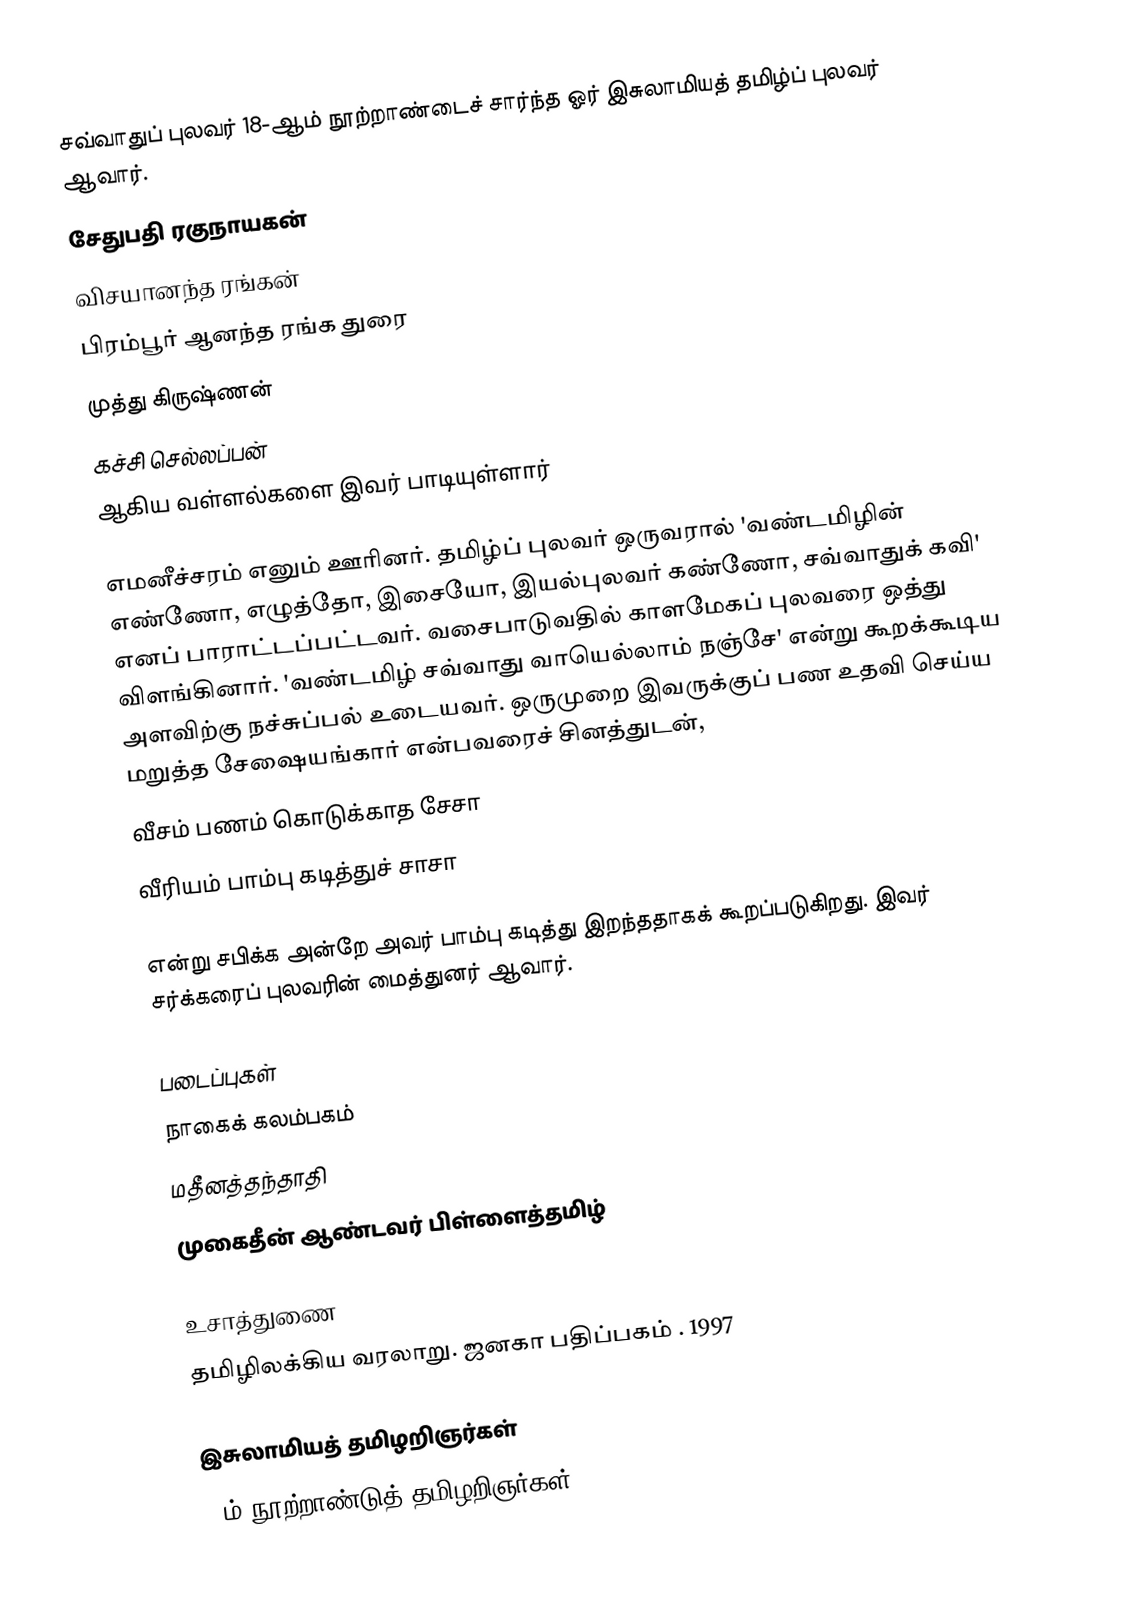
சவ்வாதுப் புலவர் 18-ஆம் நூற்றாண்டைச் சார்ந்த  ஓர் இசுலாமியத் தமிழ்ப் புலவர் ஆவார்.
 சேதுபதி ரகுநாயகன்
 விசயானந்த ரங்கன்
 பிரம்பூர் ஆனந்த ரங்க துரை
 முத்து கிருஷ்ணன்
 கச்சி செல்லப்பன்
ஆகிய வள்ளல்களை இவர் பாடியுள்ளார்

எமனீச்சரம் எனும் ஊரினர். தமிழ்ப் புலவர் ஒருவரால் 'வண்டமிழின் எண்ணோ, எழுத்தோ, இசையோ, இயல்புலவர் கண்ணோ, சவ்வாதுக் கவி' எனப் பாராட்டப்பட்டவர். வசைபாடுவதில் காளமேகப் புலவரை ஒத்து விளங்கினார். 'வண்டமிழ் சவ்வாது வாயெல்லாம் நஞ்சே' என்று கூறக்கூடிய அளவிற்கு நச்சுப்பல் உடையவர். ஒருமுறை இவருக்குப் பண உதவி செய்ய மறுத்த சேஷையங்கார் என்பவரைச் சினத்துடன்,
 வீசம் பணம் கொடுக்காத சேசா
 வீரியம் பாம்பு கடித்துச் சாசா

என்று சபிக்க அன்றே அவர் பாம்பு கடித்து இறந்ததாகக் கூறப்படுகிறது. இவர் சர்க்கரைப் புலவரின் மைத்துனர் ஆவார்.

படைப்புகள்
 நாகைக் கலம்பகம்
 மதீனத்தந்தாதி
 முகைதீன் ஆண்டவர் பிள்ளைத்தமிழ்

உசாத்துணை
தமிழிலக்கிய வரலாறு. ஜனகா பதிப்பகம் . 1997

இசுலாமியத் தமிழறிஞர்கள்
18ம் நூற்றாண்டுத் தமிழறிஞர்கள்